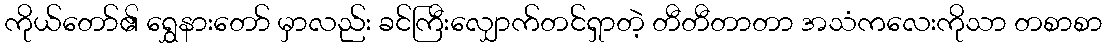
ကိုယ်တော်၏ ရွှေနားတော် မှာလည်း ခင်ကြီးလျှောက်တင်ရှာတဲ့ တီတီတာတာ အသံကလေးကိုသာ တစာစာ